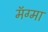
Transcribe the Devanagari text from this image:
मॅग्मा